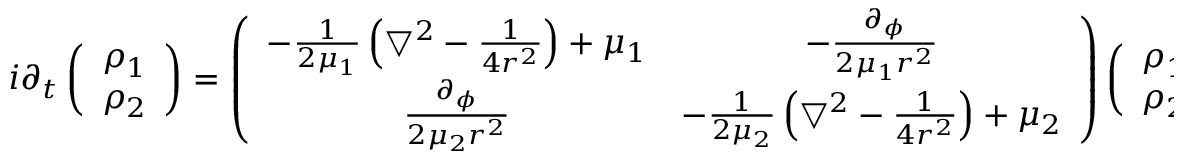
i \partial _ { t } \left( \begin{array} { c } { { \rho _ { 1 } } } \\ { { \rho _ { 2 } } } \end{array} \right) = \left( \begin{array} { c c } { { - \frac { 1 } { 2 \mu _ { 1 } } \left( \bigtriangledown ^ { 2 } - \frac { 1 } { 4 r ^ { 2 } } \right) + \mu _ { 1 } } } & { { - \frac { \partial _ { \phi } } { 2 \mu _ { 1 } r ^ { 2 } } } } \\ { { \frac { \partial _ { \phi } } { 2 \mu _ { 2 } r ^ { 2 } } } } & { { - \frac { 1 } { 2 \mu _ { 2 } } \left( \bigtriangledown ^ { 2 } - \frac { 1 } { 4 r ^ { 2 } } \right) + \mu _ { 2 } } } \end{array} \right) \left( \begin{array} { c } { { \rho _ { 1 } } } \\ { { \rho _ { 2 } } } \end{array} \right)